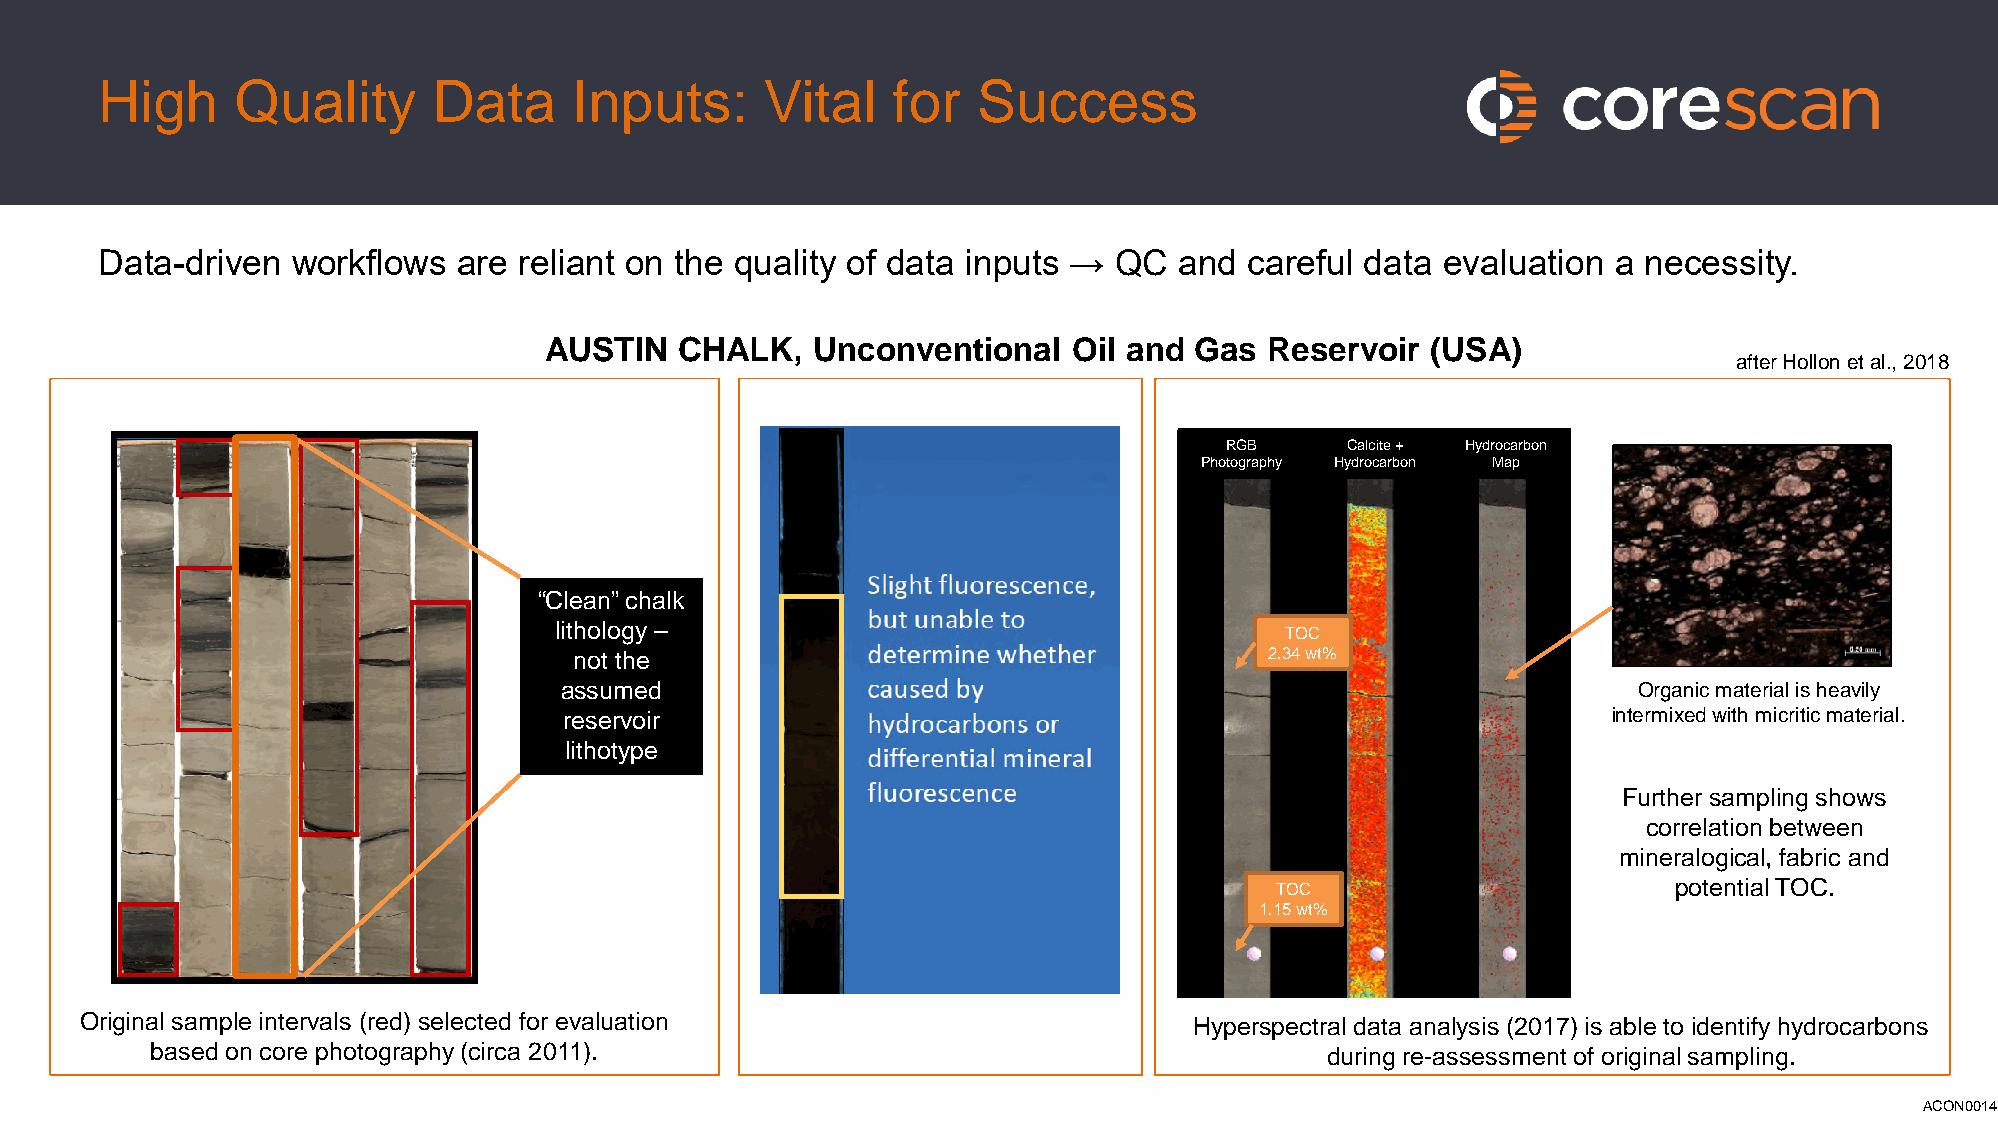
High     Quality      Data     Inputs:      Vital   for   Success
 Data-driven workflows  are reliant on the quality of data inputs → QC  and  careful data evaluation a necessity.
 AUSTIN   CHALK,   Unconventional   Oil and Gas  Reservoir  (USA)
 after Hollonet al., 2018
 RGB     Calcite + Hydrocarbon
 Photography Hydrocarbon Map
 “Clean” chalk
 lithology –                                     TOC
 not the                                       2.34 wt%
 assumed                                                                Organic material is heavily
 reservoir                                                             intermixed with micritic material.
 lithotype
 Further sampling shows
 correlation between
 mineralogical, fabric and
 TOC                        potential TOC.
 1.15 wt%
 Original sample intervals (red) selected for evaluation                   Hyperspectral data analysis (2017) is able to identify hydrocarbons
 based on core photography (circa 2011).                                       during re-assessment of original sampling.
 ACON0014